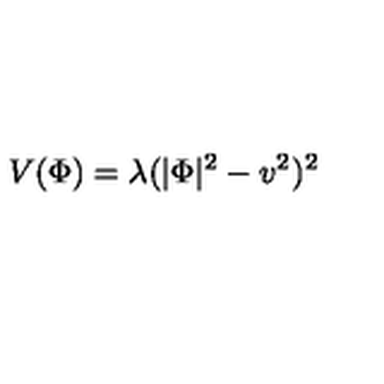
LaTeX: V ( \Phi ) = \lambda ( | \Phi | ^ { 2 } - v ^ { 2 } ) ^ { 2 }